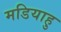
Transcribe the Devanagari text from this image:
मडियाहु